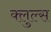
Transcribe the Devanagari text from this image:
क्लुल्स